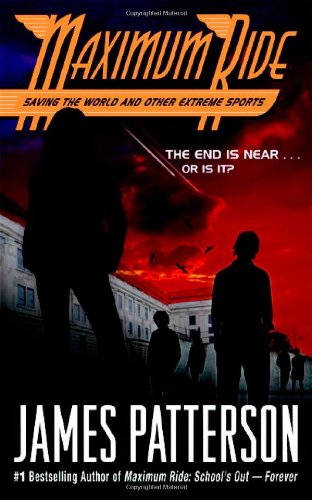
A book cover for Maximum Ride Saving The World And Other Extreme Sports; James Patterson; Sports & Outdoors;